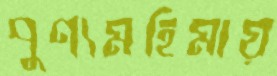
পুণ্যমহিমায়